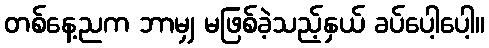
တစ်နေ့ညက ဘာမျှ မဖြစ်ခဲ့သည့်နှယ် ခပ်ပေါ့ပေါ့။